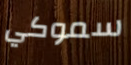
سموكي